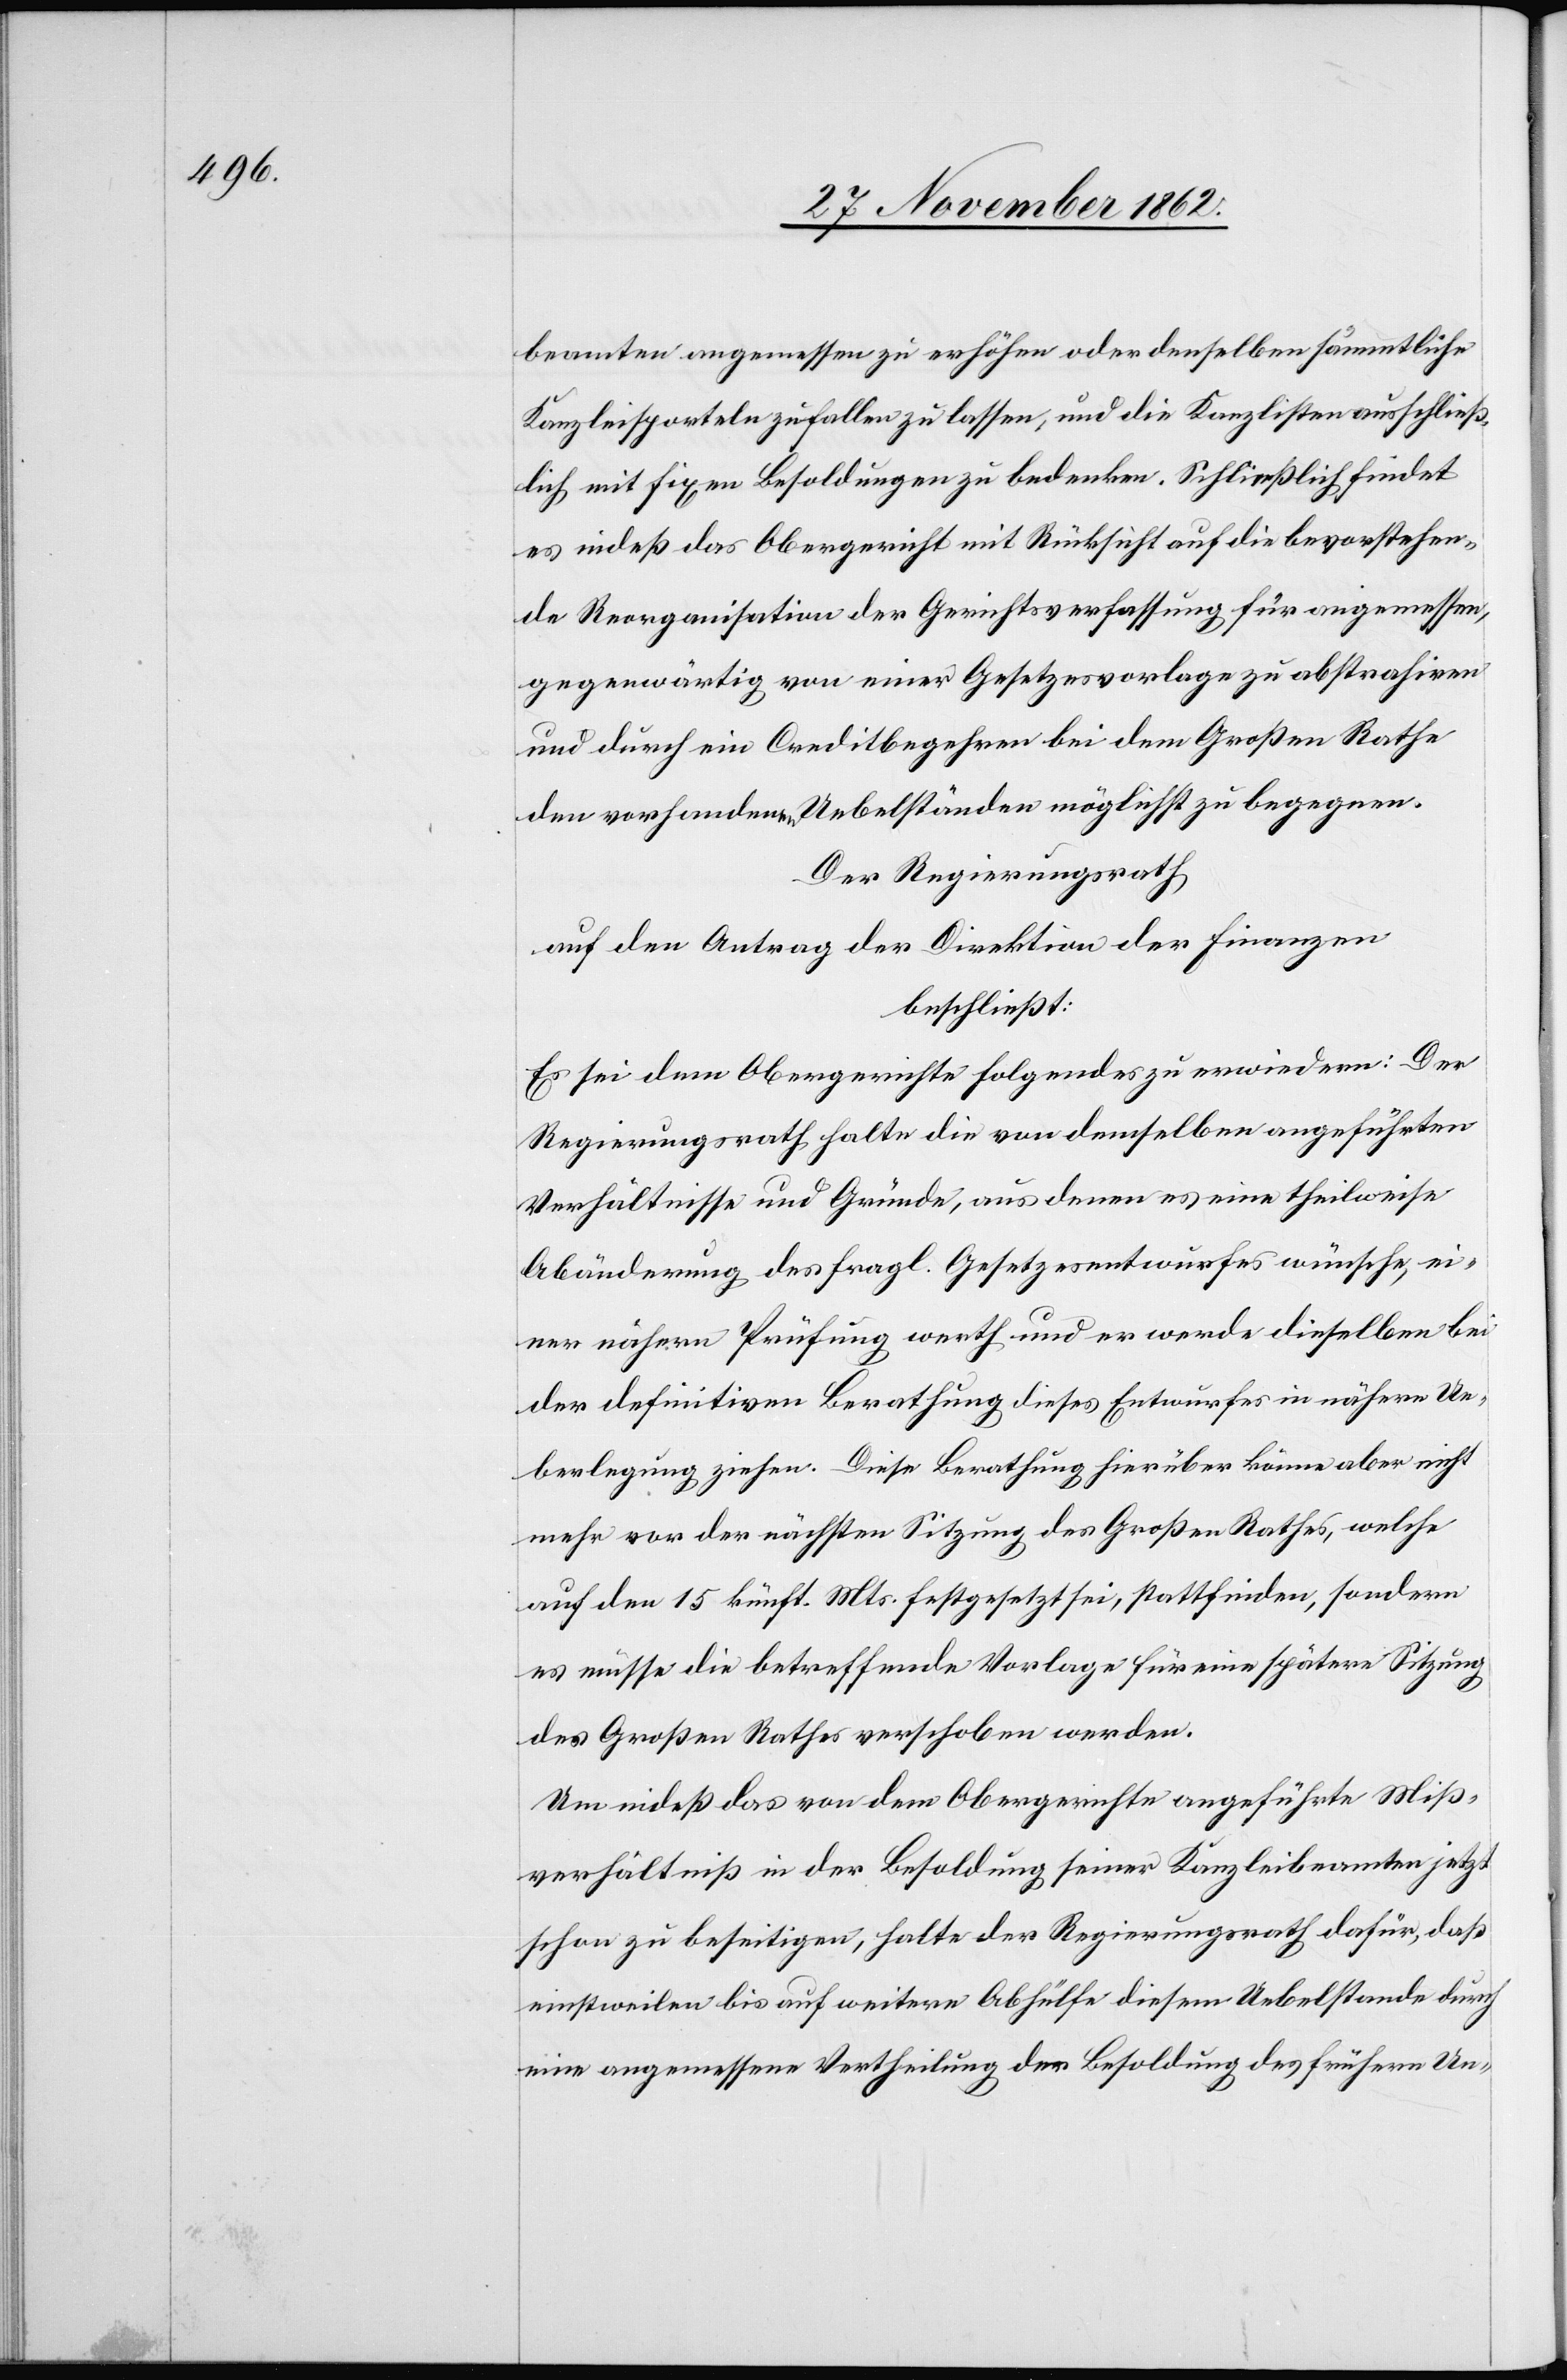
beamten angemessen zu erhöhen oder denselben sämmtliche
Kanzleisporteln zufallen zu lassen, und die Kanzlisten ausschließ¬
lich mit fixen Besoldungen zu bedenken. Schließlich findet
es indeß das Obergericht mit Rücksicht auf die bevorstehen¬
de Reorganisation der Gerichtsverfassung für angemessen,
gegenwärtig von einer Gesetzesvorlage zu abstrahiren
und durch ein Creditbegehren bei dem Großen Rathe
den vorhandenen Uebelständen möglichst zu begegnen.
Der Regierungsrath
auf den Antrag der Direktion der Finanzen
beschließt:
Es sei dem Obergerichte folgendes zu erwiedern: Der
Regierungsrath halte die von demselben angeführten
Verhältnisse und Gründe, aus denen es eine theilweise
Abänderung des fragl. Gesetzesentwurfes wünsche, ei¬
ner nähern Prüfung werth und er werde dieselben bei
der definitiven Berathung dieses Entwurfes in nähere Ue¬
berlegung ziehen. Diese Berathung hierüber könne aber nicht
mehr von der nächsten Sitzung des Großen Rathes, welche
auf den 15. künft. Mts. festgesetzt sei, stattfinden, sondern
es müsse die betreffende Vorlage für eine spätere Sitzung
des Großen Rathes verschoben werden.
Um indeß das von dem Obergerichte angeführte Miß¬
verhältniß in der Besoldung seiner Kanzleibeamten jetzt
schon zu beseitigen, halte der Regierungsrath dafür, daß
einstweilen bis auf weitere Abhülfe diesem Uebelstande durch
eine angemessene Vertheilung der Besoldung des frühern Un-